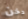
دخن